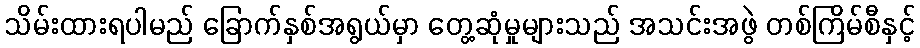
သိမ်းထားရပါမည် ခြောက်နှစ်အရွယ်မှာ တွေ့ဆုံမှုများသည် အသင်းအဖွဲ တစ်ကြိမ်စီနှင့်